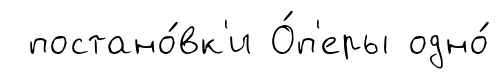
постано́вк'и О́п'еры одно́